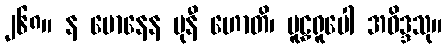
၂၆၈။ န မောနေန မုနီ ဟောတိ၊ မူဠှရူပေါ အဝိဒ္ဒသု။